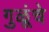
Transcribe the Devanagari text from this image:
गुळूंचे